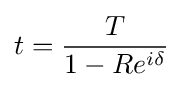
t={\frac {T}{1-Re^{i\delta }}}